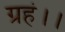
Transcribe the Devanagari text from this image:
ग्रहं।।